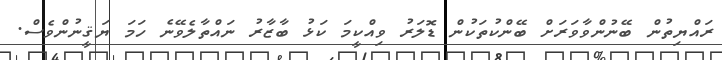
ރައްޔިތުން ބޭނުންވާވަރަށް ބޭންކުތަކުން ޑޮލަރު ވިއްކީމަ ކަޅު ބާޒާރު ނައްތާލެވޭނެ ހަމަ ޔަޤީނުންވެސް.